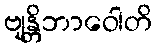
ဗျန္တိဘာဝေါတိ